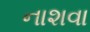
નાશવા